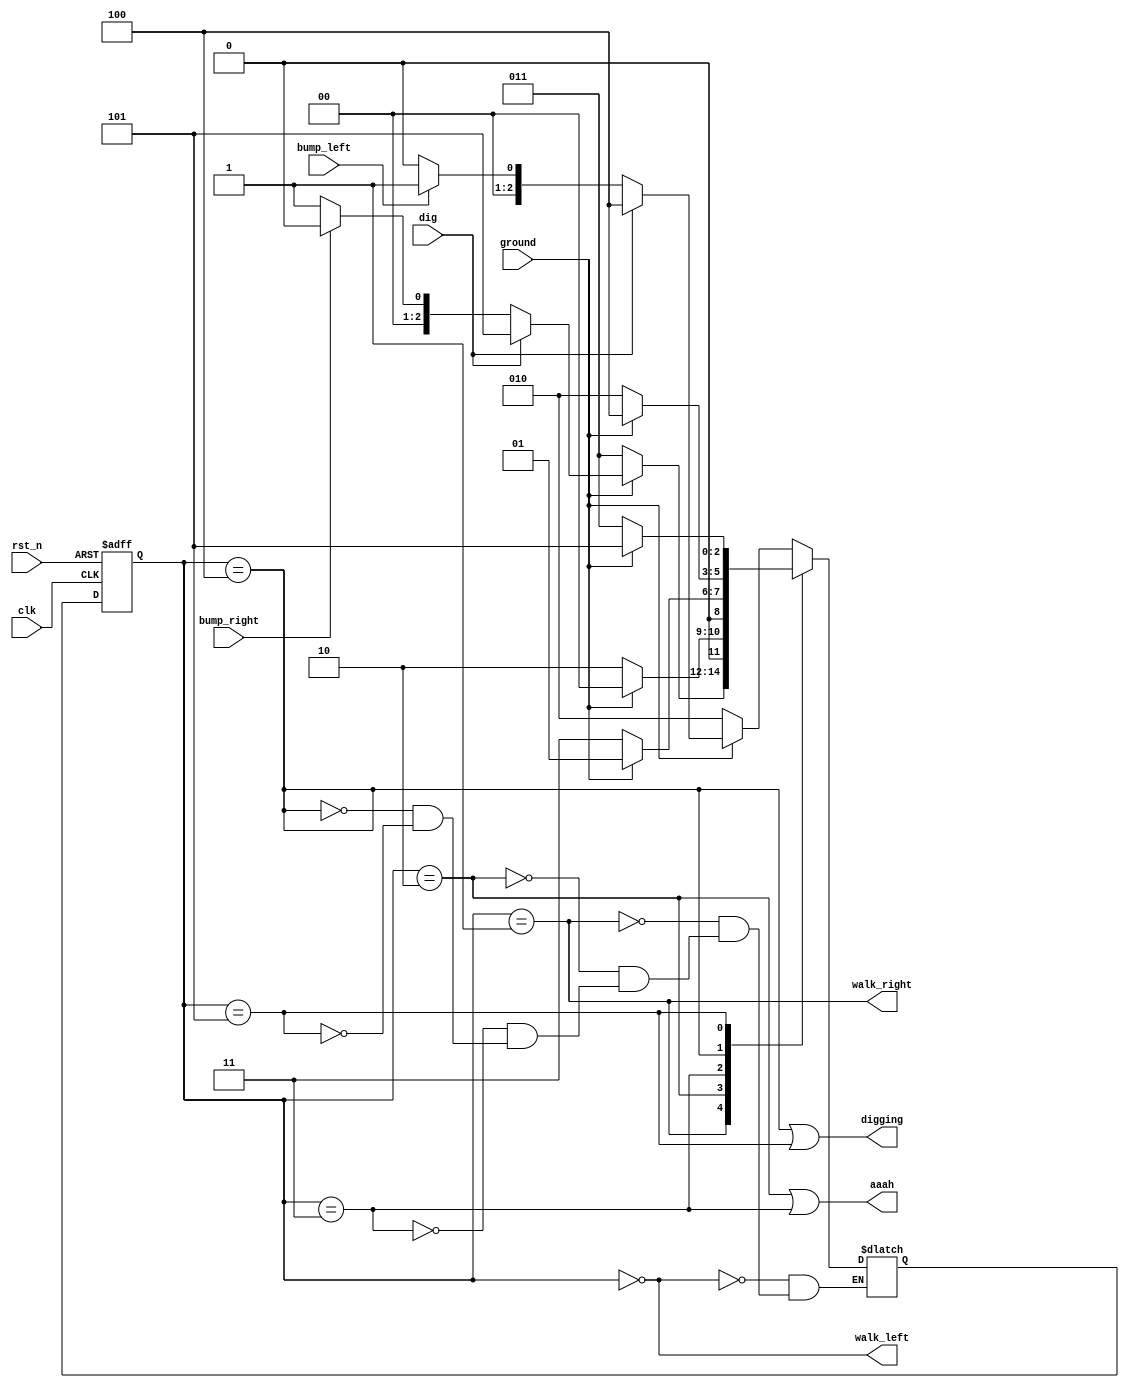
`timescale 1ns / 1ps
//////////////////////////////////////////////////////////////////////////////////
// Company: 
// Engineer: 
// 
// Design Name: 
// Module Name: Lemmings3
// Project Name: 
// Target Devices: 
// Tool Versions: 
// Description: 
// 
// Dependencies: 
// 
// Revision:
// Revision 0.01 - File Created
// Additional Comments:
// 
//////////////////////////////////////////////////////////////////////////////////


module Lemmings3( // 
    clk, rst_n, bump_left, bump_right, ground, dig,
    walk_left, walk_right, aaah, digging
);

input clk, rst_n;
input bump_left, bump_right; //
input ground; //
input dig; //  
output walk_left, walk_right; //
output aaah; //  
output digging; // 

//state 3bit 
localparam WALK_LEFT = 3'b000,
           WALK_RIGHT = 3'b001,
           FALL_LEFT = 3'b010,
           FALL_RIGHT = 3'b011,
           DIG_LEFT = 3'b100,
           DIG_RIGHT = 3'b101;

reg [2:0] present_state, next_state; //register 2 

//clk   rst_n   
always @(posedge clk or negedge rst_n) begin
    if(!rst_n) present_state <= WALK_LEFT; // state WALK_LEFT
    else present_state <= next_state; //  next_state 
end

always @(*) begin
    case(present_state) 
        WALK_LEFT:
            if(ground==1) begin // 
                if(dig==1) next_state = DIG_LEFT; //  
                else next_state = (bump_left) ? WALK_RIGHT : WALK_LEFT; //   
            end
            else next_state = FALL_LEFT; //
        WALK_RIGHT:
            if(ground==1) begin // 
                if(dig==1) next_state = DIG_RIGHT; //  
                else next_state = (bump_right) ? WALK_LEFT : WALK_RIGHT; //   
            end
            else next_state = FALL_RIGHT; //
        FALL_LEFT:
            if(ground==1) next_state = WALK_LEFT; //     
            else next_state = FALL_LEFT; //  
        FALL_RIGHT:
            if(ground==1) next_state = WALK_RIGHT; //     
            else next_state = FALL_RIGHT; //  
        DIG_LEFT:
            if(ground==1) next_state = DIG_LEFT; //      
            else next_state = FALL_LEFT; //         
        DIG_RIGHT:
            if(ground==1) next_state = DIG_RIGHT; //      
            else next_state = FALL_RIGHT; //         
    endcase
end

//   output  
assign walk_left = (present_state == WALK_LEFT);
assign walk_right = (present_state == WALK_RIGHT);
assign aaah = (present_state == FALL_LEFT)||(present_state == FALL_RIGHT);
assign digging = (present_state == DIG_LEFT)||(present_state == DIG_RIGHT);

endmodule